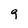
Character: 9